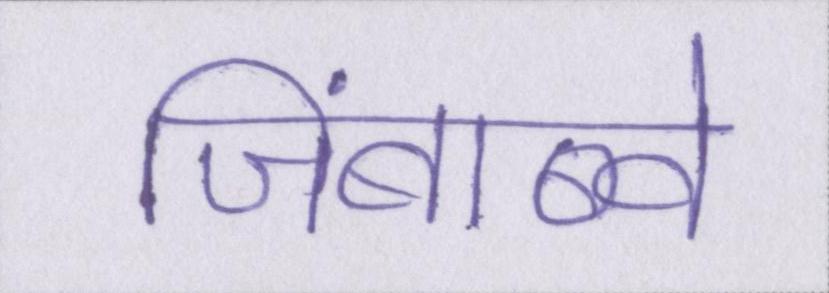
जिंबाब्वे